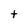
Character: t